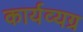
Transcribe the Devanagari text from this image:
कार्यव्यग्र